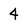
Character: 4